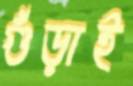
গুঁড়াই